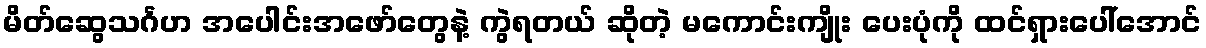
မိတ်ဆွေသင်္ဂဟ အပေါင်းအဖော်တွေနဲ့ ကွဲရတယ် ဆိုတဲ့ မကောင်းကျိုး ပေးပုံကို ထင်ရှားပေါ်အောင်